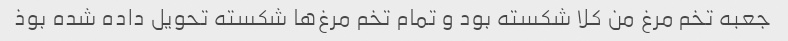
جعبه تخم مرغ من کلا شکسته بود و تمام تخم مرغ‌ها شکسته تحویل داده شده بوذ